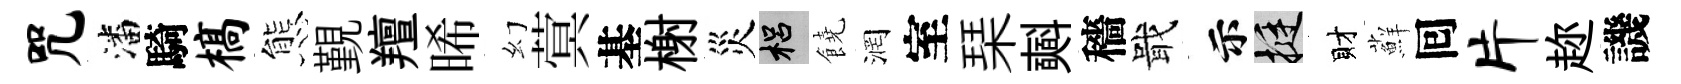
咒潘騎槁態覲羶晞幻蓂基榭災梠饒润室琹𣂏穡戢示挺財蘚囘片趂譏